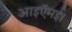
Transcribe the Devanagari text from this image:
आइऍमई।